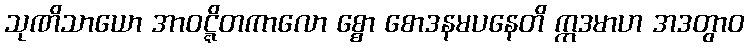
သုဏိသာယော အာဝဋ္ဋိတကာလော စ္စော စောဒနမပနေတိ ဣဒမာဟ အဒတွာဝ